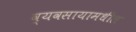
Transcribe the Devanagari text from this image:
व्यवसायामधील